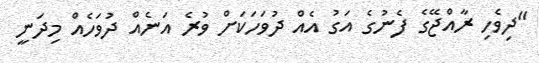
"ދިވެހި ރާއްޖޭގެ ފެނުގެ އަގު އެއް ދުވަހަކަށް ވުރެ އަނެއް ދުވަހެއް މިދަނީ